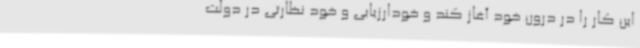
این کار را در درون خود آغاز کند و خودارزیابی و خود نظارتی در دولت